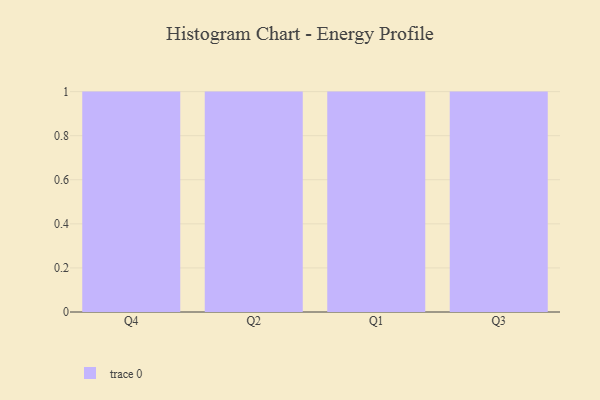
{"axis": {"x": "Quarter", "y": "Energy Usage (MWh)"}, "legend": [""], "data": [{"x": "Q4", "y": 60, "type": ""}, {"x": "Q2", "y": 73, "type": ""}, {"x": "Q1", "y": 34, "type": ""}, {"x": "Q3", "y": 98, "type": ""}]}